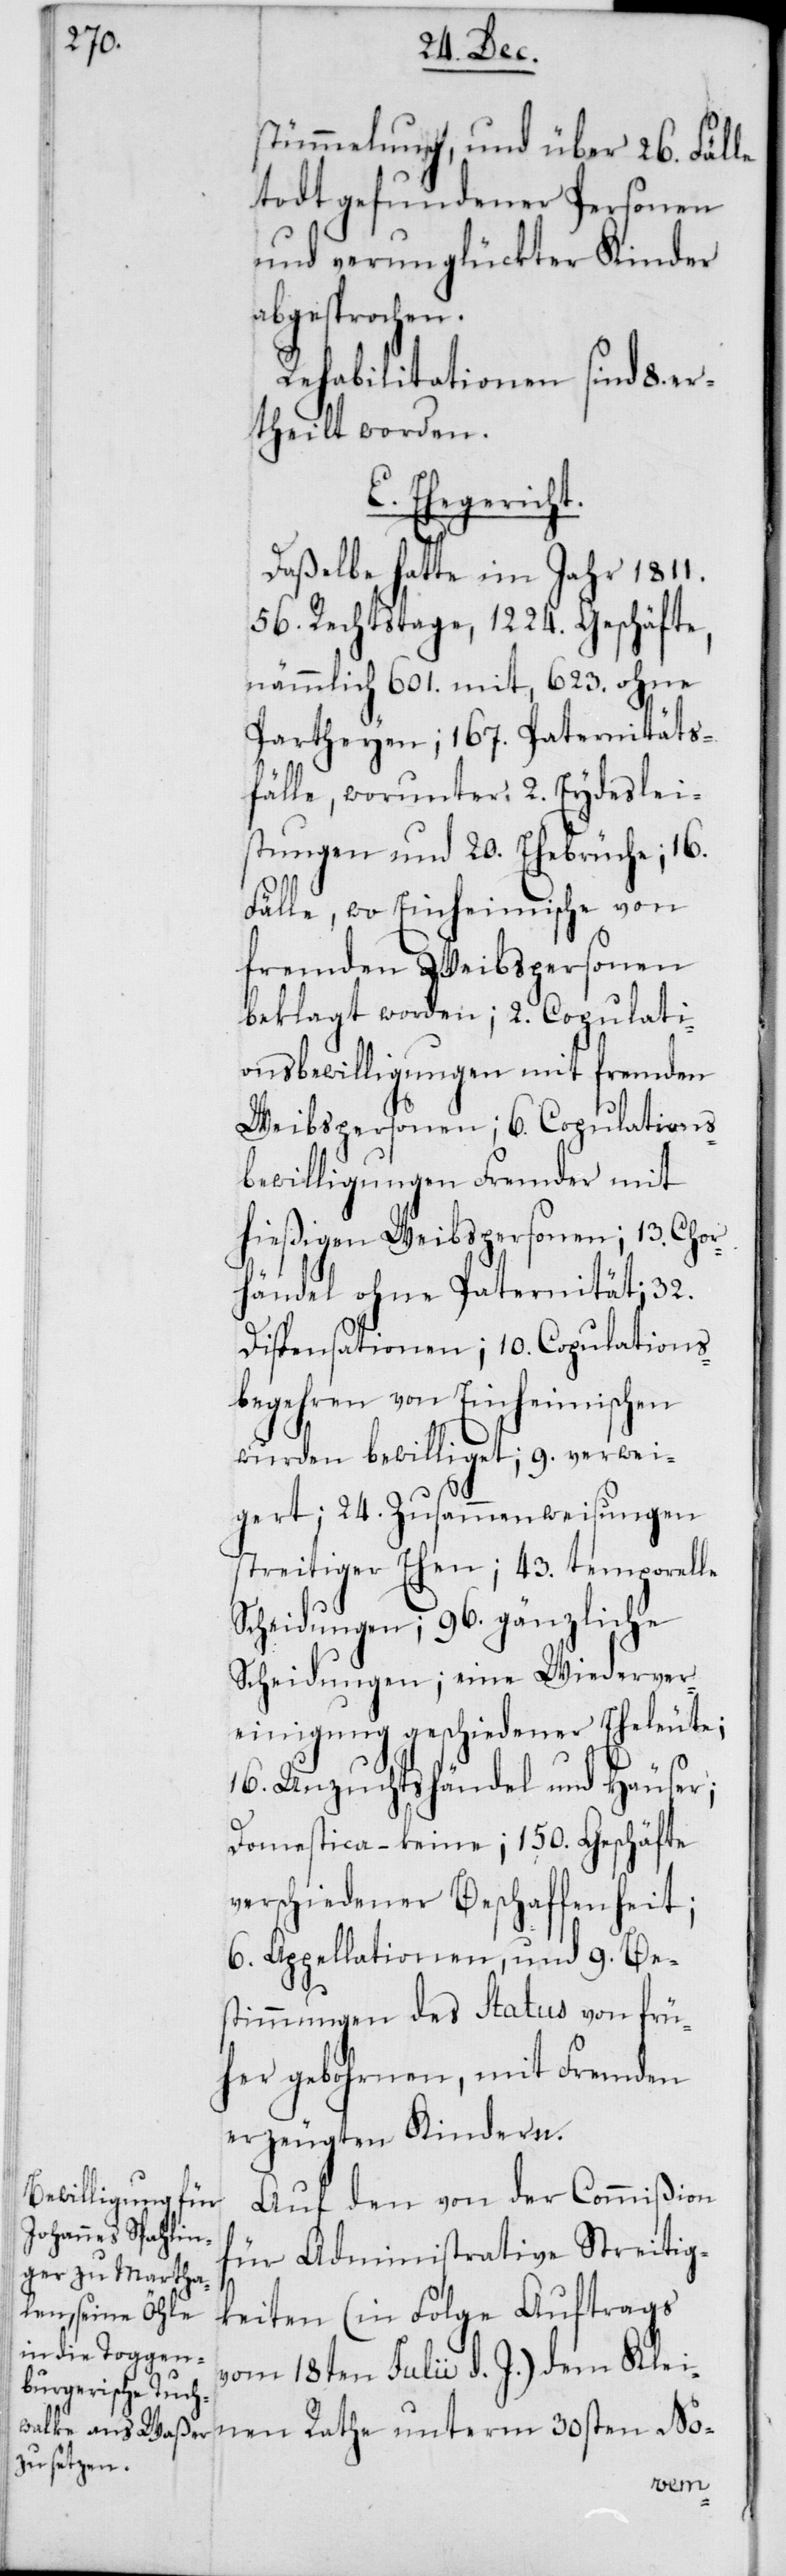
stümmelung, und über 26. Fälle
todt gefundener Personen
und verunglückter Kinder
abgesprochen.
Rehabilitationen sind 8. e¬
rtheilt worden.
Ehegericht.
Daßelbe hatte im Jahr 1811.
56. Rechtstage, 1224. Geschäfte,
nämmlich 601. mit, 623. ohne
Partheyen; 167. Paternitäts¬
fälle, worunter 2. Eydeslei¬
stungen und 20. Ehebrüche; 16.
Fälle, wo Einheimische von
fremden Weibspersonen
beklagt worden; 2. Copulati¬
onsbewilligungen mit fremden
Weibspersonen; 6. Copulations¬
bewilligungen Fremder mit
hießigen Weibspersonen; 13. Cho¬
rhändel ohne Paternität; 32.
Dispensationen; 10. Copulations¬
begehren von Einheimischen
wurden bewilliget; 9. Verwei¬
geret; 24. Zusammenweisungen
streitiger Ehen; 43. temporelle
Scheidungen; 96. gänzliche
Scheidungen; eine Wiederver¬
einigung geschiedener Eheleute;
16. Unzuchtshändel und Häuser;
Domestica – keine; 150. Geschäfte
verschiedener Beschaffenheit;
6. Appellationen und 9. Bes¬
timmungen des Status von frü¬
her gebohrnen, mit Fremden
erzeugten Kindern.
Auf den von der Commißion
für Administrative Streitig¬
keiten (in Folge Auftrags
vom 18ten Julii d. J.) dem Klei¬
nen Rathe unterm 30sten No-